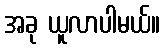
အခု ယူလာပါမယ်။